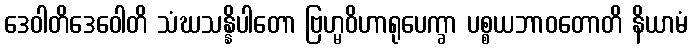
ဒေဝါတိဒေဝေါတိ သံဃသန္နိပါတော ဗြဟ္မဝိဟာရုပေက္ခာ ပစ္စယဘာဝတောတိ နိယာမံ